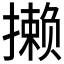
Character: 𪮶